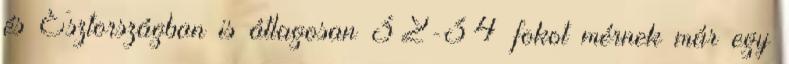
és Észtországban is átlagosan 32-34 fokot mérnek már egy